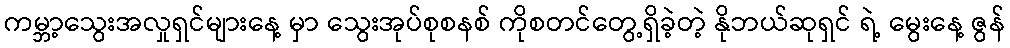
ကမ္ဘာ့သွေးအလှုရှင်များနေ့ မှာ သွေးအုပ်စုစနစ် ကိုစတင်တွေ့ရှိခဲ့တဲ့ နိုဘယ်ဆုရှင် ရဲ့ မွေးနေ့ ဇွန်